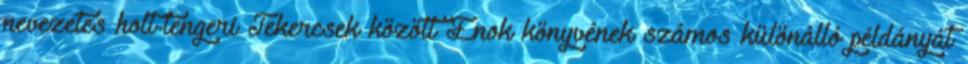
nevezetes holt-tengeri Tekercsek között Énok könyvének számos különálló példányát